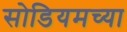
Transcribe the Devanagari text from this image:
सोडियमच्या